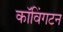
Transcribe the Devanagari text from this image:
कॉविंगटन